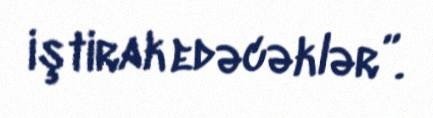
iştirak edəcəklər”.